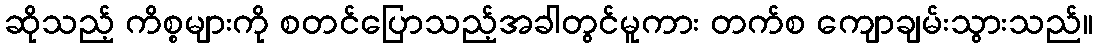
ဆိုသည့် ကိစ္စများကို စတင်ပြောသည့်အခါတွင်မူကား တက်စ ကျောချမ်းသွားသည်။